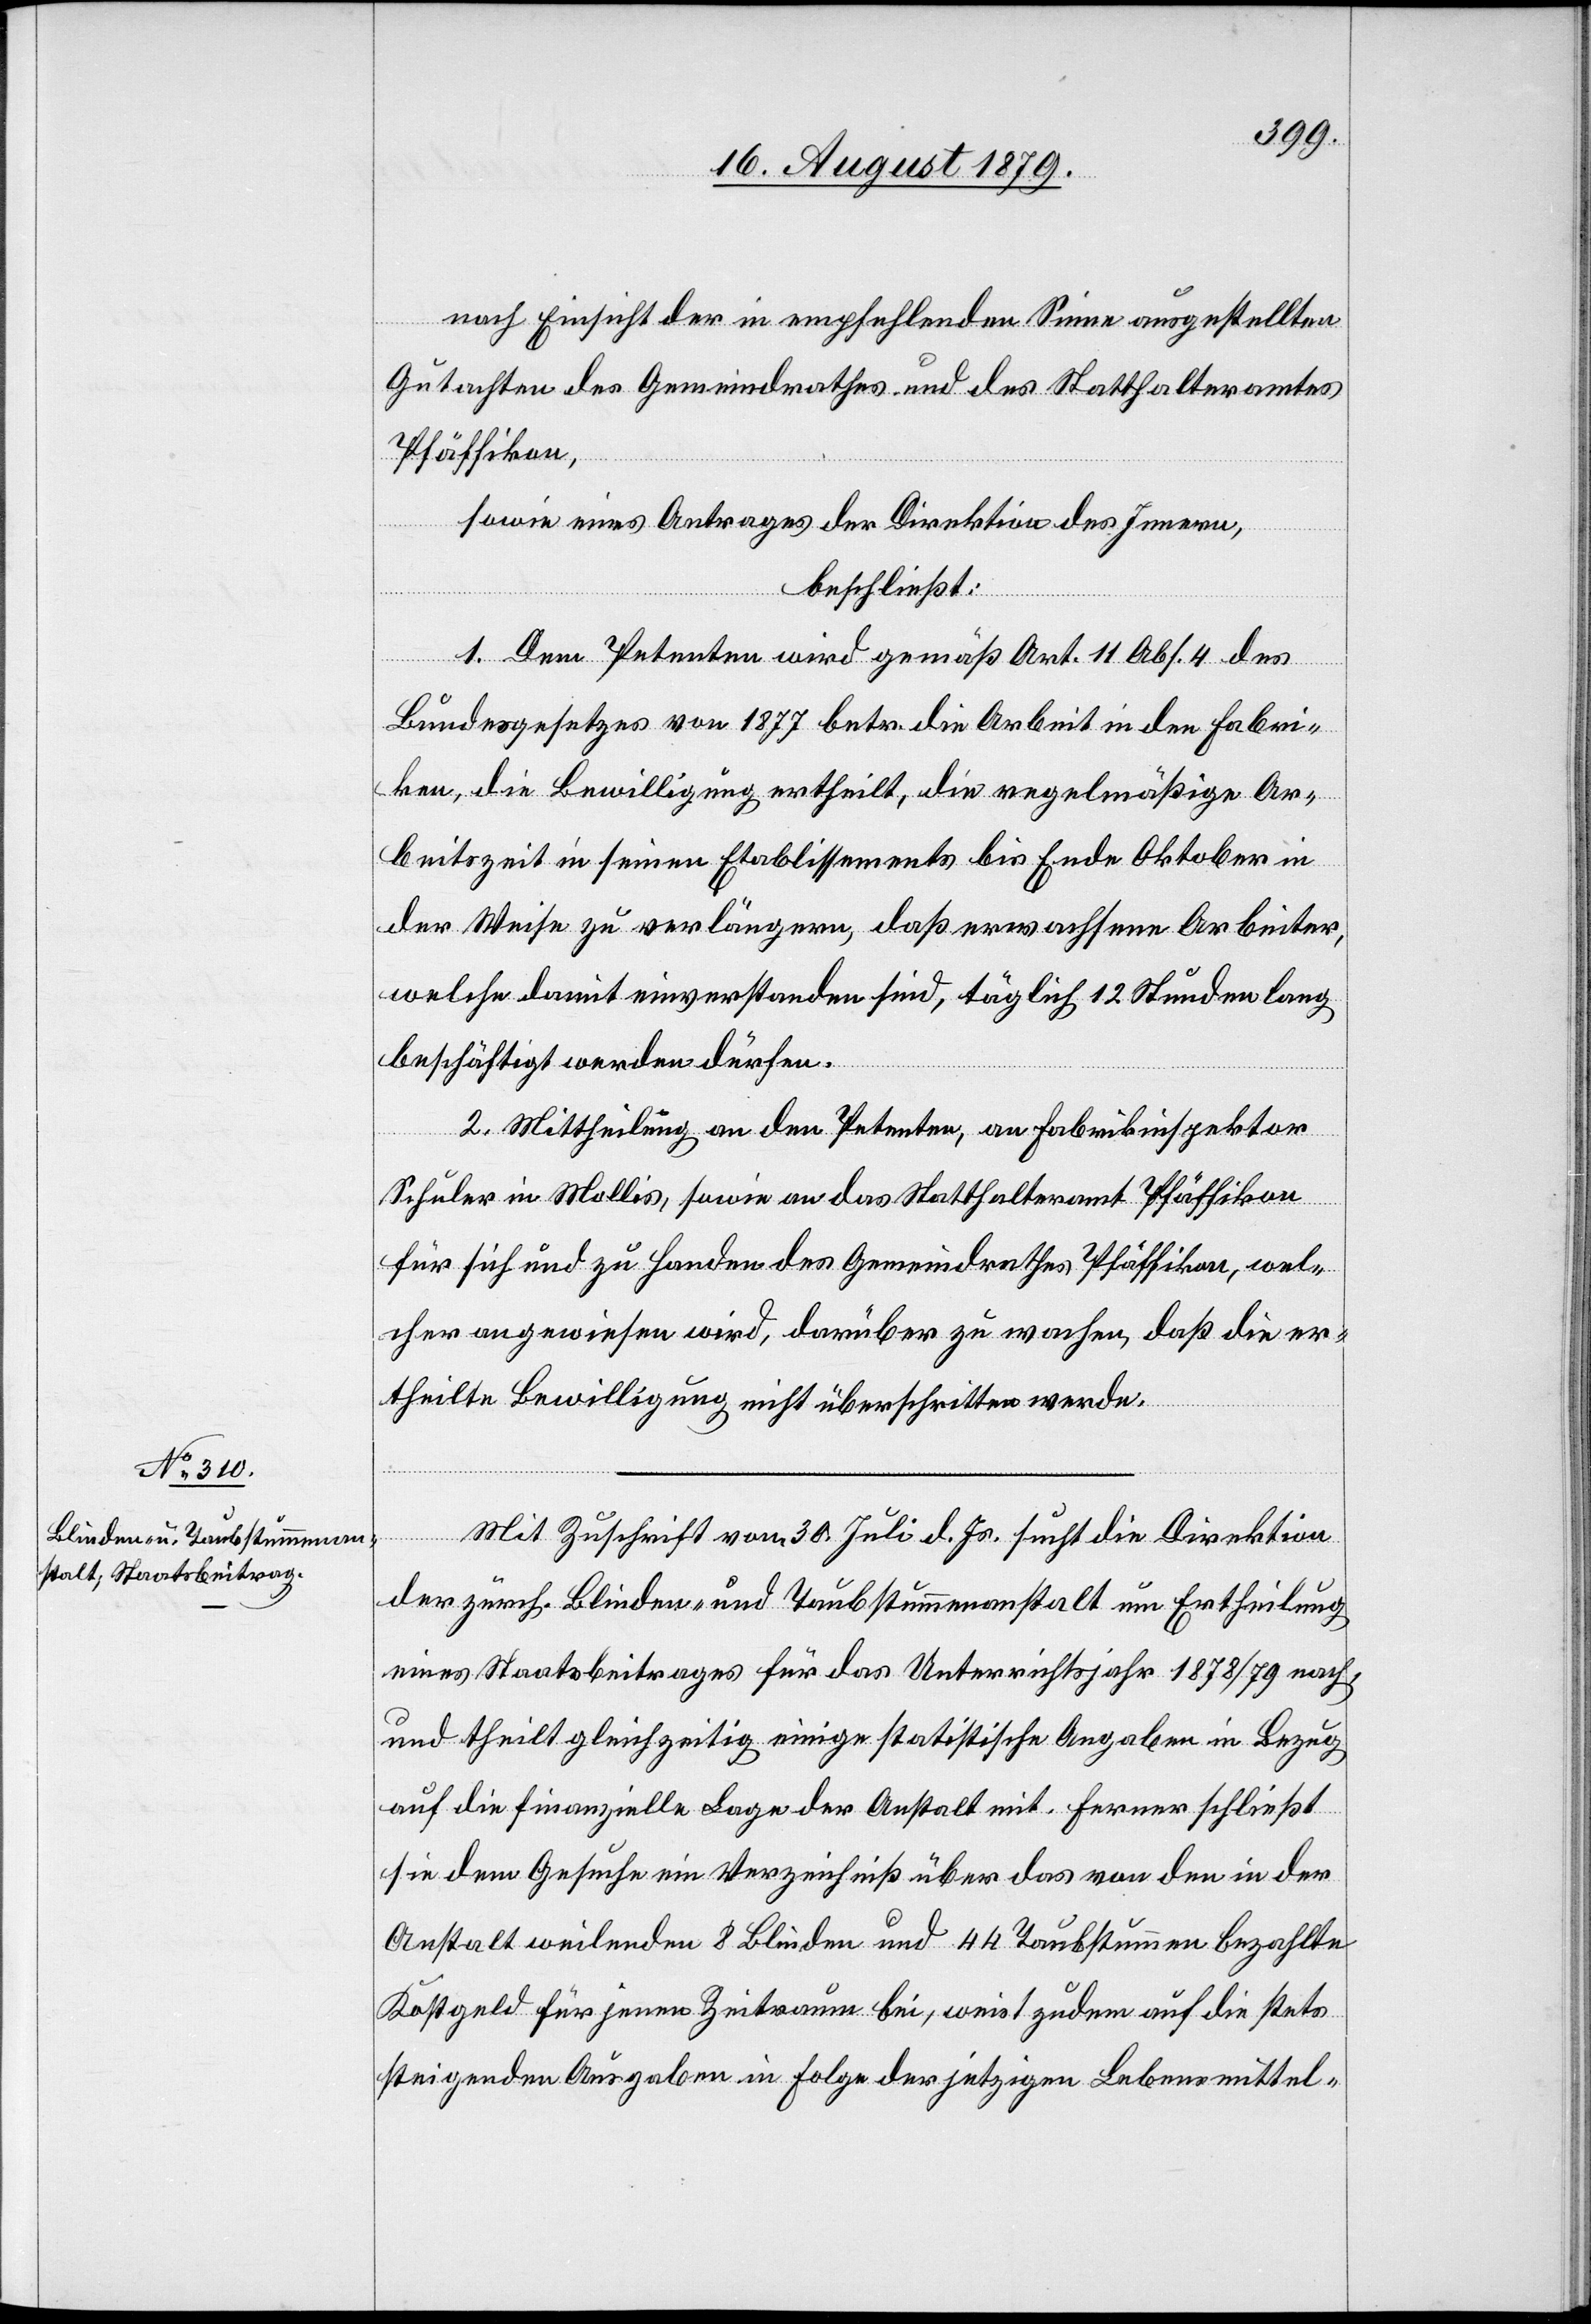
nach Einsicht der in empfehlenden Sinne ausgestellten
Gutachten des Gemeindrathes und des Statthalteramtes
Pfäffikon,
sowie eines Antrages der Direktion des Innern,
beschließt:
1. Dem Petenten wird gemäß Art. 11 Abs. 4 des
Bundesgesetzes von 1877 betr. die Arbeit in den Fabri¬
ken, die Bewilligung ertheilt, die regelmäßige Ar¬
beitszeit in seinen Etablissements bis Ende Oktober in
der Weise zu verlängern, daß erwachsenen Arbeiter,
welche damit einverstanden sind, täglich 12 Stunden lang
beschäftigt werden dürfen.
2. Mittheilung an den Petenten, an Fabrikinspektor
Schuler in Mollis, sowie an das Statthalteramt Pfäffikon
für sich und zu Handen des Gemeindrathes Pfäffikon, wel¬
cher angewiesen wird, darüber zu wachen, daß die er¬
theilte Bewilligung nicht überschritten werde.
Mit Zuschrift vom 30. Juli d. Js. sucht die Direktion
der zürch. Blinden- und Taubstummenanstalt um Ertheilung
eines Staatsbeitrages für das Unterrichtsjahr 1878/79 nach
und theilt gleichzeitig einige statistische Angaben in Bezug
auf die finanzielle Lage der Anstalt mit. Ferner schließt
sie dem Gesuche ein Verzeichniß über das von den in der
Anstalt weilenden 8 Blinden und 44 Taubstummen bezahlte
Kostgeld für jenen Zeitraum bei, weist zudem auf die stets
steigenden Ausgaben in Folge der jetzigen Lebensmittel-